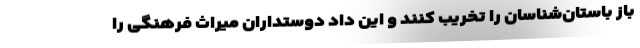
باز باستان‌شناسان را تخریب کنند و این داد دوستداران میراث فرهنگی را